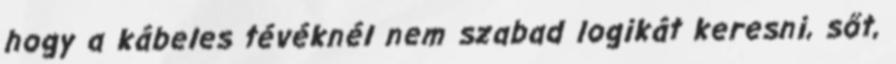
hogy a kábeles tévéknél nem szabad logikát keresni, sőt,